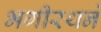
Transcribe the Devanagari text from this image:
भगीरथने